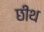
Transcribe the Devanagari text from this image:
छीथ